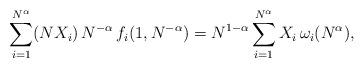
LaTeX: \begin{align*}\sum_{i=1}^{N^\alpha} (NX_i)\,N^{-\alpha}\, f_i(1,N^{-\alpha})=N^{1-\alpha}\sum_{i=1}^{N^\alpha}X_i\,\omega_i(N^{\alpha}),\end{align*}